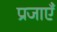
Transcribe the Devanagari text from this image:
प्रजाएँ